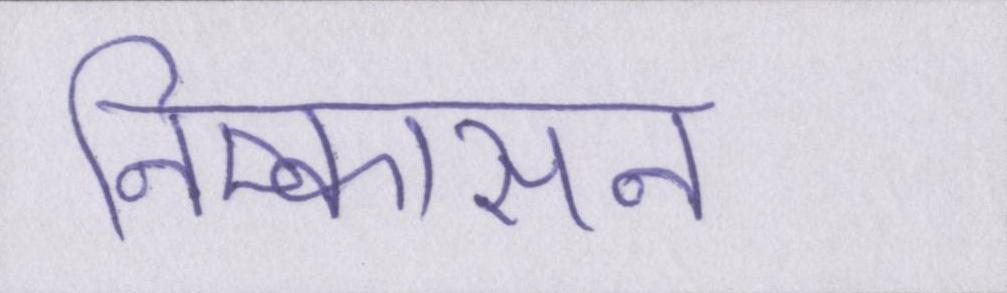
निष्कासन